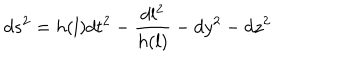
d s ^ { 2 } = h ( l ) d t ^ { 2 } - \frac { d l ^ { 2 } } { h ( l ) } - d y ^ { 2 } - d z ^ { 2 }